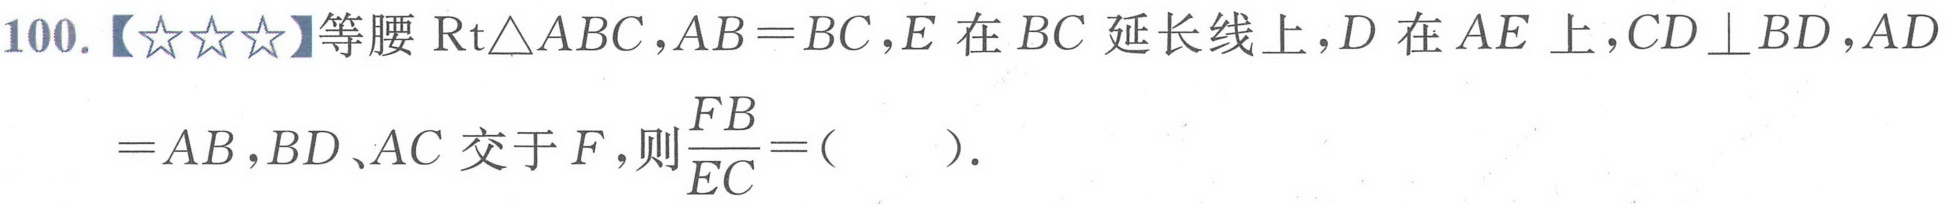
100.【★★★】等腰$\text{Rt}\triangle ABC$,$AB = BC$,$E$在$BC$延长线上,$D$在$AE$上,$CD\perp BD$,$AD$$= AB$,$BD、AC$交于$F$,则$\frac{FB}{EC}=$（  ）.